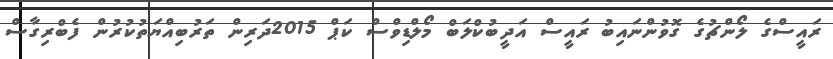
ރައީސްގެ ލޯންޗުގެ ގޮވުންނައިބު ރައީސް އަދީބުކްލަބް މޯލްޑިވްސް ކަޕް 2015ދަރިން ތަރުބިއްޔަތުކުރުން ފެބްރިގާސް